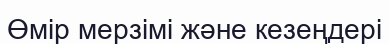
Өмір мерзімі және кезеңдері